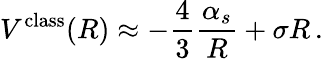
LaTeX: V^{\mathrm{class}}(R)\approx-\frac{4}{3}\frac{\alpha_{s}}{R}+\sigma R\, .